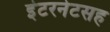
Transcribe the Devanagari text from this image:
इंटरनेटसह